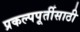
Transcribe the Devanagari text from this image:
प्रकल्पपूर्तीसाठी